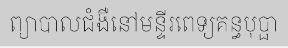
ព្យាបាលជំងឺនៅមន្ទីរពេទ្យគន្ធបុប្ផា